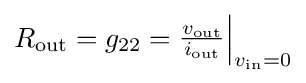
R_{\text{out}}=g_{22}={\begin{matrix}{\frac {v_{\text{out}}}{i_{\text{out}}}}\end{matrix}}{\Big |}_{v_{\text{in}}=0}